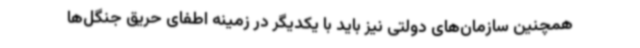
همچنین سازمان‌های دولتی نیز باید با یکدیگر در زمینه اطفای حریق جنگل‌ها